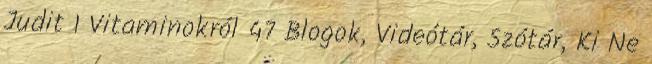
Judit 1 Vitaminokról 47 Blogok, Videótár, Szótár, Ki Ne